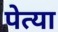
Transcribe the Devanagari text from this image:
पेत्या